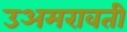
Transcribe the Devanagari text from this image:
उअमरावती